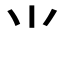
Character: ⺌